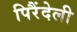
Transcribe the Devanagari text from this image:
पिरैंदेली